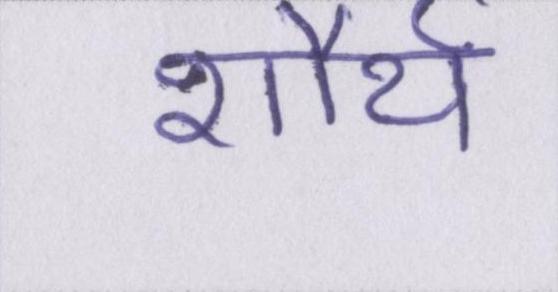
शौर्य